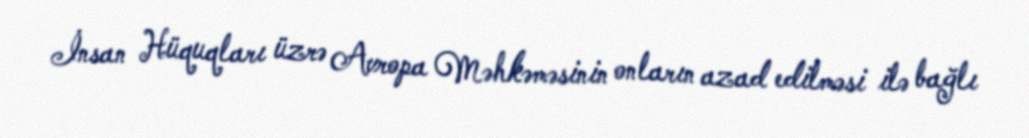
İnsan Hüquqları üzrə Avropa Məhkəməsinin onların azad edilməsi ilə bağlı